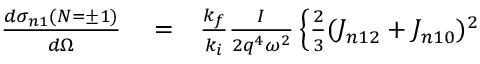
\begin{array} { r l r } { \frac { d { \sigma } _ { n 1 } ( N = \pm 1 ) } { d \Omega } } & { { } = } & { \frac { k _ { f } } { k _ { i } } \frac { I } { 2 q ^ { 4 } \omega ^ { 2 } } \left\{ \frac { 2 } { 3 } ( { \cal J } _ { n 1 2 } + { \cal J } _ { n 1 0 } ) ^ { 2 } \right. } \end{array}